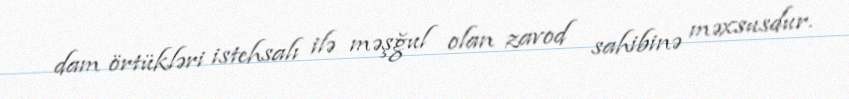
dam örtükləri istehsalı ilə məşğul olan zavod sahibinə məxsusdur.